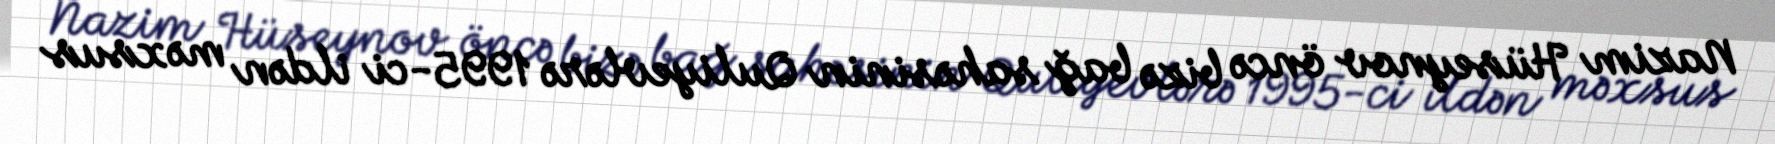
Nazim Hüseynov öncə bizə bağ sahəsinin Quliyevlərə 1995-ci ildən məxsus